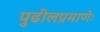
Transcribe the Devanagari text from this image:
पुढीलप्रमाणेः